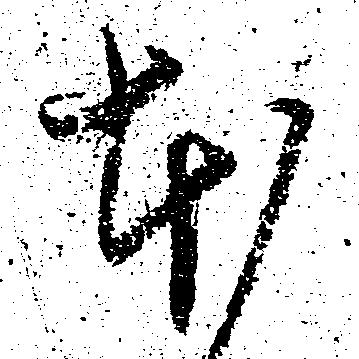
本